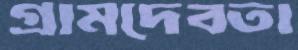
গ্রামদেবতা